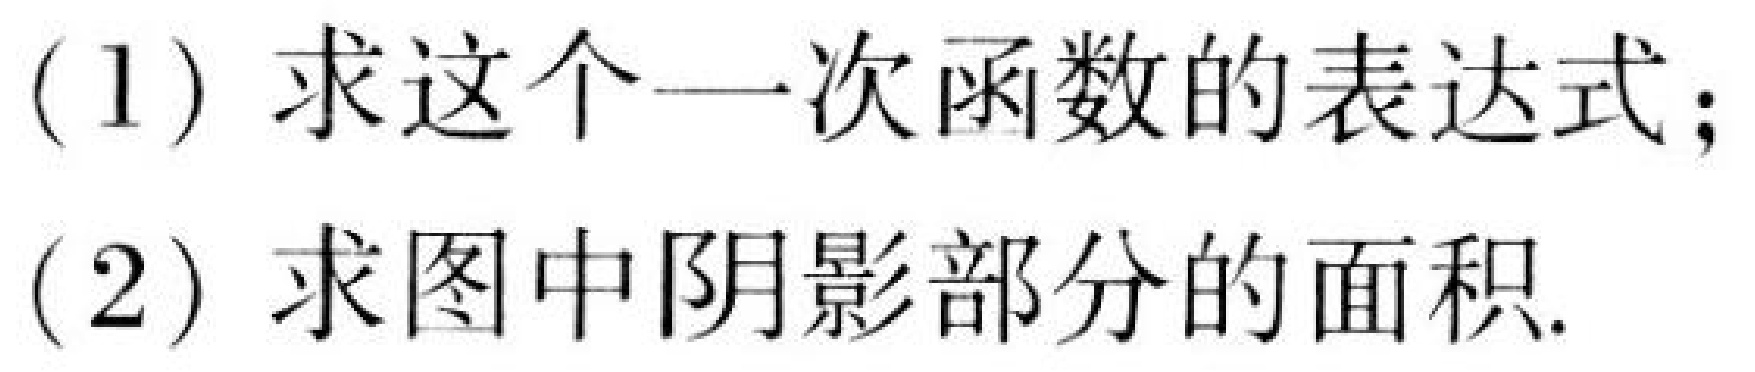
(1) 求这个一次函数的表达式；
(2) 求图中阴影部分的面积.